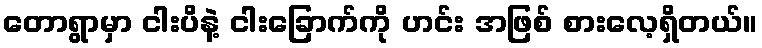
တောရွာမှာ ငါးပိနဲ့ ငါးခြောက်ကို ဟင်း အဖြစ် စားလေ့ရှိတယ်။